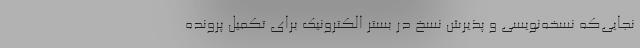
نجایی‌که نسخه‌نویسی و پذیرش نسخ در بستر الکترونیک برای تکمیل پرونده